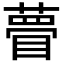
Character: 瞢